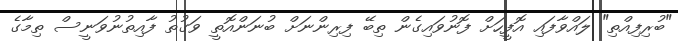
"ބުރިފިއްތި" ލައްވާފައި އޮފީހަށް ފޮނުވައިގެން ތިބޭ ފިރިންނަށް ބުނަންއޮތީ ވަގުތު ފާއިތުނުވަނީސް ތިމާގެ